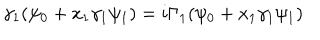
LaTeX: \gamma _ { 1 } ( \psi _ { 0 } + x _ { 1 } \gamma _ { 1 } \psi _ { 1 } ) = i \Gamma _ { 1 } ( \psi _ { 0 } + x _ { 1 } \gamma _ { 1 } \psi _ { 1 } )